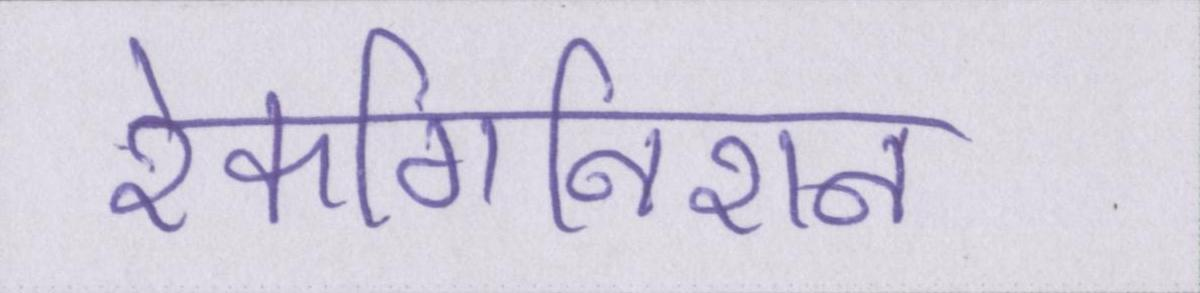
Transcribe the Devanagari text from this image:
रेकगिनिशन